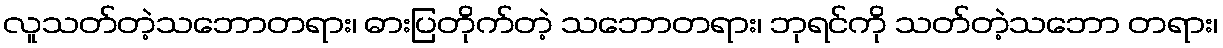
လူသတ်တဲ့သဘောတရား၊ ဓားပြတိုက်တဲ့ သဘောတရား၊ ဘုရင်ကို သတ်တဲ့သဘော တရား၊